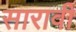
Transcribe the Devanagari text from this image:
सारावी